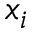
x _ { i }